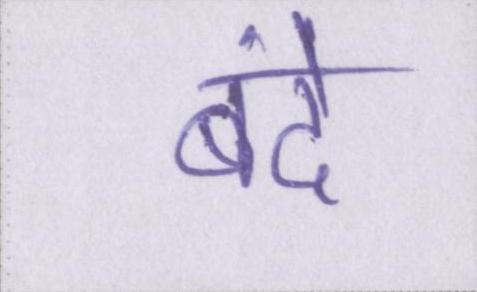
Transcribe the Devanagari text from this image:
बंदे